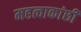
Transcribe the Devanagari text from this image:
महत्वाकांछी